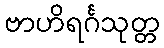
ဗာဟိရင်္ဂသုတ္တ